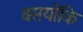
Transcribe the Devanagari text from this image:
क्सयोंकि